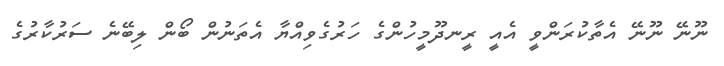
ނޫނޭ ނޫނޭ އެތާކުރަންވީ އެއީ ރީނދޫމީހުންގެ ހަރުގެވިއްޔާ އެތަނުން ބޯން ލިބޭނެ ސަރުކާރުގެ